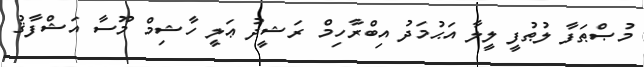
މުޞްޠަފާ ލުޠުފީ ލީލާ އަޙުމަދު އިބްރާހިމް ރަޝީދު ޢަލީ ހާޝިމް މޫސާ އަޝްފާޤު